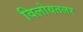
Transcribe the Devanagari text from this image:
विलोयतलर